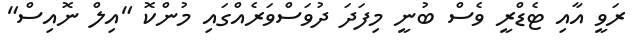
ރަވީ އާއި ޓެޑްރީ ވެސް ބުނީ މިފަދަ ދުވަސްވަރެއްގައި މުންކޮ "އިލް ނޮއިސް"